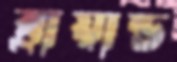
ব্রায়ান্ড